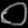
Digit: ၀